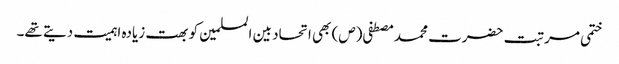
ختمی مرتبت حضرت محمد مصطفی (ص) بھی اتحاد بین المسلمین کو بھت زیادہ اہمیت دیتے تھے۔